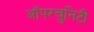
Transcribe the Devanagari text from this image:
ऑपरचुनिटी